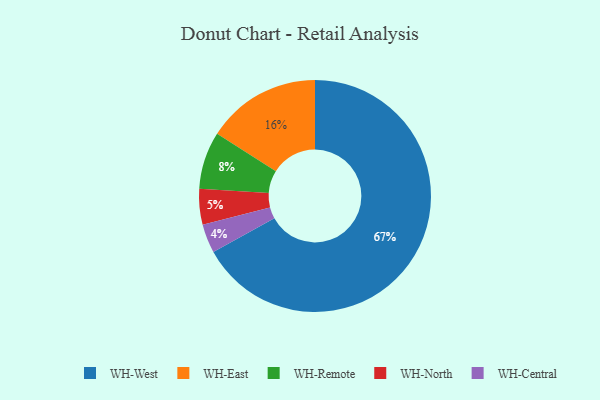
{"axis": {"x": "Category", "y": "Percentage"}, "legend": ["WH-Central", "WH-East", "WH-North", "WH-Remote", "WH-West"], "data": [{"x": "WH-North", "y": 5, "type": "WH-North"}, {"x": "WH-West", "y": 67, "type": "WH-West"}, {"x": "WH-Central", "y": 4, "type": "WH-Central"}, {"x": "WH-East", "y": 16, "type": "WH-East"}, {"x": "WH-Remote", "y": 8, "type": "WH-Remote"}]}